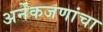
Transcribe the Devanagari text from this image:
अनेकजणांचा